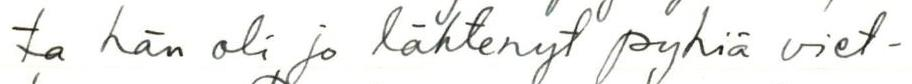
ta hän oli jo lähtenyt pyhiä viet-